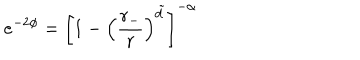
e ^ { - 2 \phi } = \left[ 1 - \left( \frac { r _ { - } } { r } \right) ^ { \tilde { d } } \right] ^ { - \alpha }